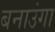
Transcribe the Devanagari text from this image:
बनाउंगा